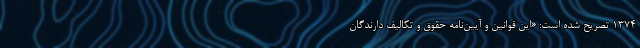
۱۳۷۴ تصریح شده است: «این قوانین و آیین‌نامه حقوق و تکالیف دارندگان